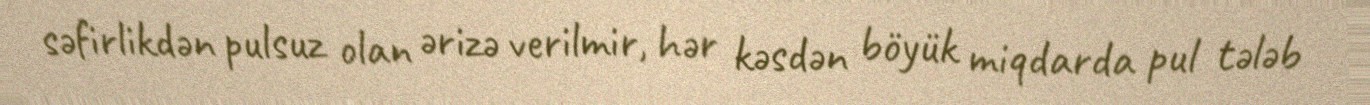
səfirlikdən pulsuz olan ərizə verilmir, hər kəsdən böyük miqdarda pul tələb